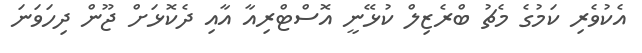
އެކުވެރި ކަމުގެ މެޗު ބްރެޒިލް ކުޅޭނީ އޮސްޓްރިއާ އާއި ދެކޮޅަށް ޖޫން ދިހަވަނަ